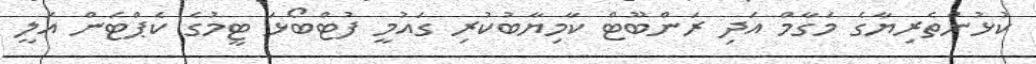
ކުޅުންތެރިޔާގެ މަގާމް އަދި ރަންބޫޓް ކާމިޔާބުކުރި ގައުމީ ފުޓްބޯޅަ ޓީމުގެ ކެޕްޓަން އަލީ